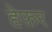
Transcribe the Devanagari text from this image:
हेफ़र